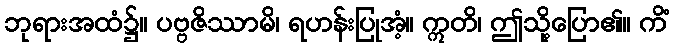
ဘုရားအထံ၌။ ပဗ္ဗဇိဿာမိ၊ ရဟန်းပြုအံ့။ ဣတိ၊ ဤသို့ပြော၏။ ကိံ